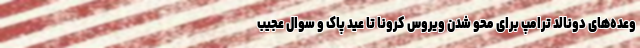
وعده‌های دونالد ترامپ برای محو شدن ویروس کرونا تا عید پاک و سوال عجیب